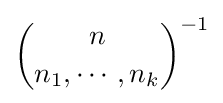
{\binom {n}{n_{1},\cdots ,n_{k}}}^{-1}